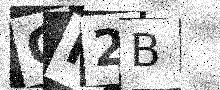
Text: OR2B